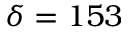
\delta = 1 5 3